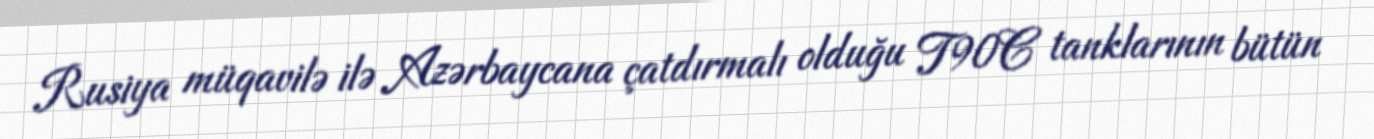
Rusiya müqavilə ilə Azərbaycana çatdırmalı olduğu T90C tanklarının bütün